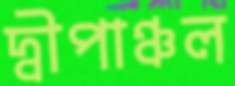
দ্বীপাঞ্চল